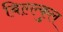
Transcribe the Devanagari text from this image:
बिल्ल्कुल